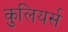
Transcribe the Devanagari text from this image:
कुलियर्स